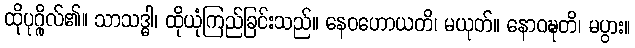
ထိုပုဂ္ဂိုလ်၏။ သာသဒ္ဓါ၊ ထိုယုံကြည်ခြင်းသည်။ နေဝဟောယတိ၊ မယုတ်။ နောဝဍ္ဎတိ၊ မပွား။